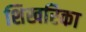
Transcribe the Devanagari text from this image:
शिखरिका